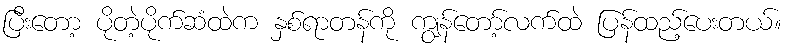
ပြီးတော့ ပိုတဲ့ပိုက်ဆံထဲက နှစ်ရာတန်ကို ကျွန်တော့်လက်ထဲ ပြန်ထည့်ပေးတယ်။